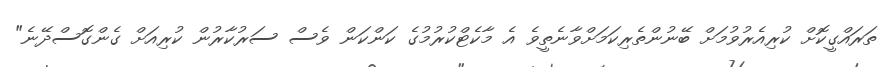
ތަރައްގީކޮށް ކުރިއެރުވުމަށް ބޭނުންތެރިކަމަށްވާނެތީވެ އެ މާކެޓްކުރުމުގެ ކަންކަން ވެސް ސަރުކާރުން ކުރިއަށް ގެންގޮސްދޭނެ"